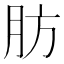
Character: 肪